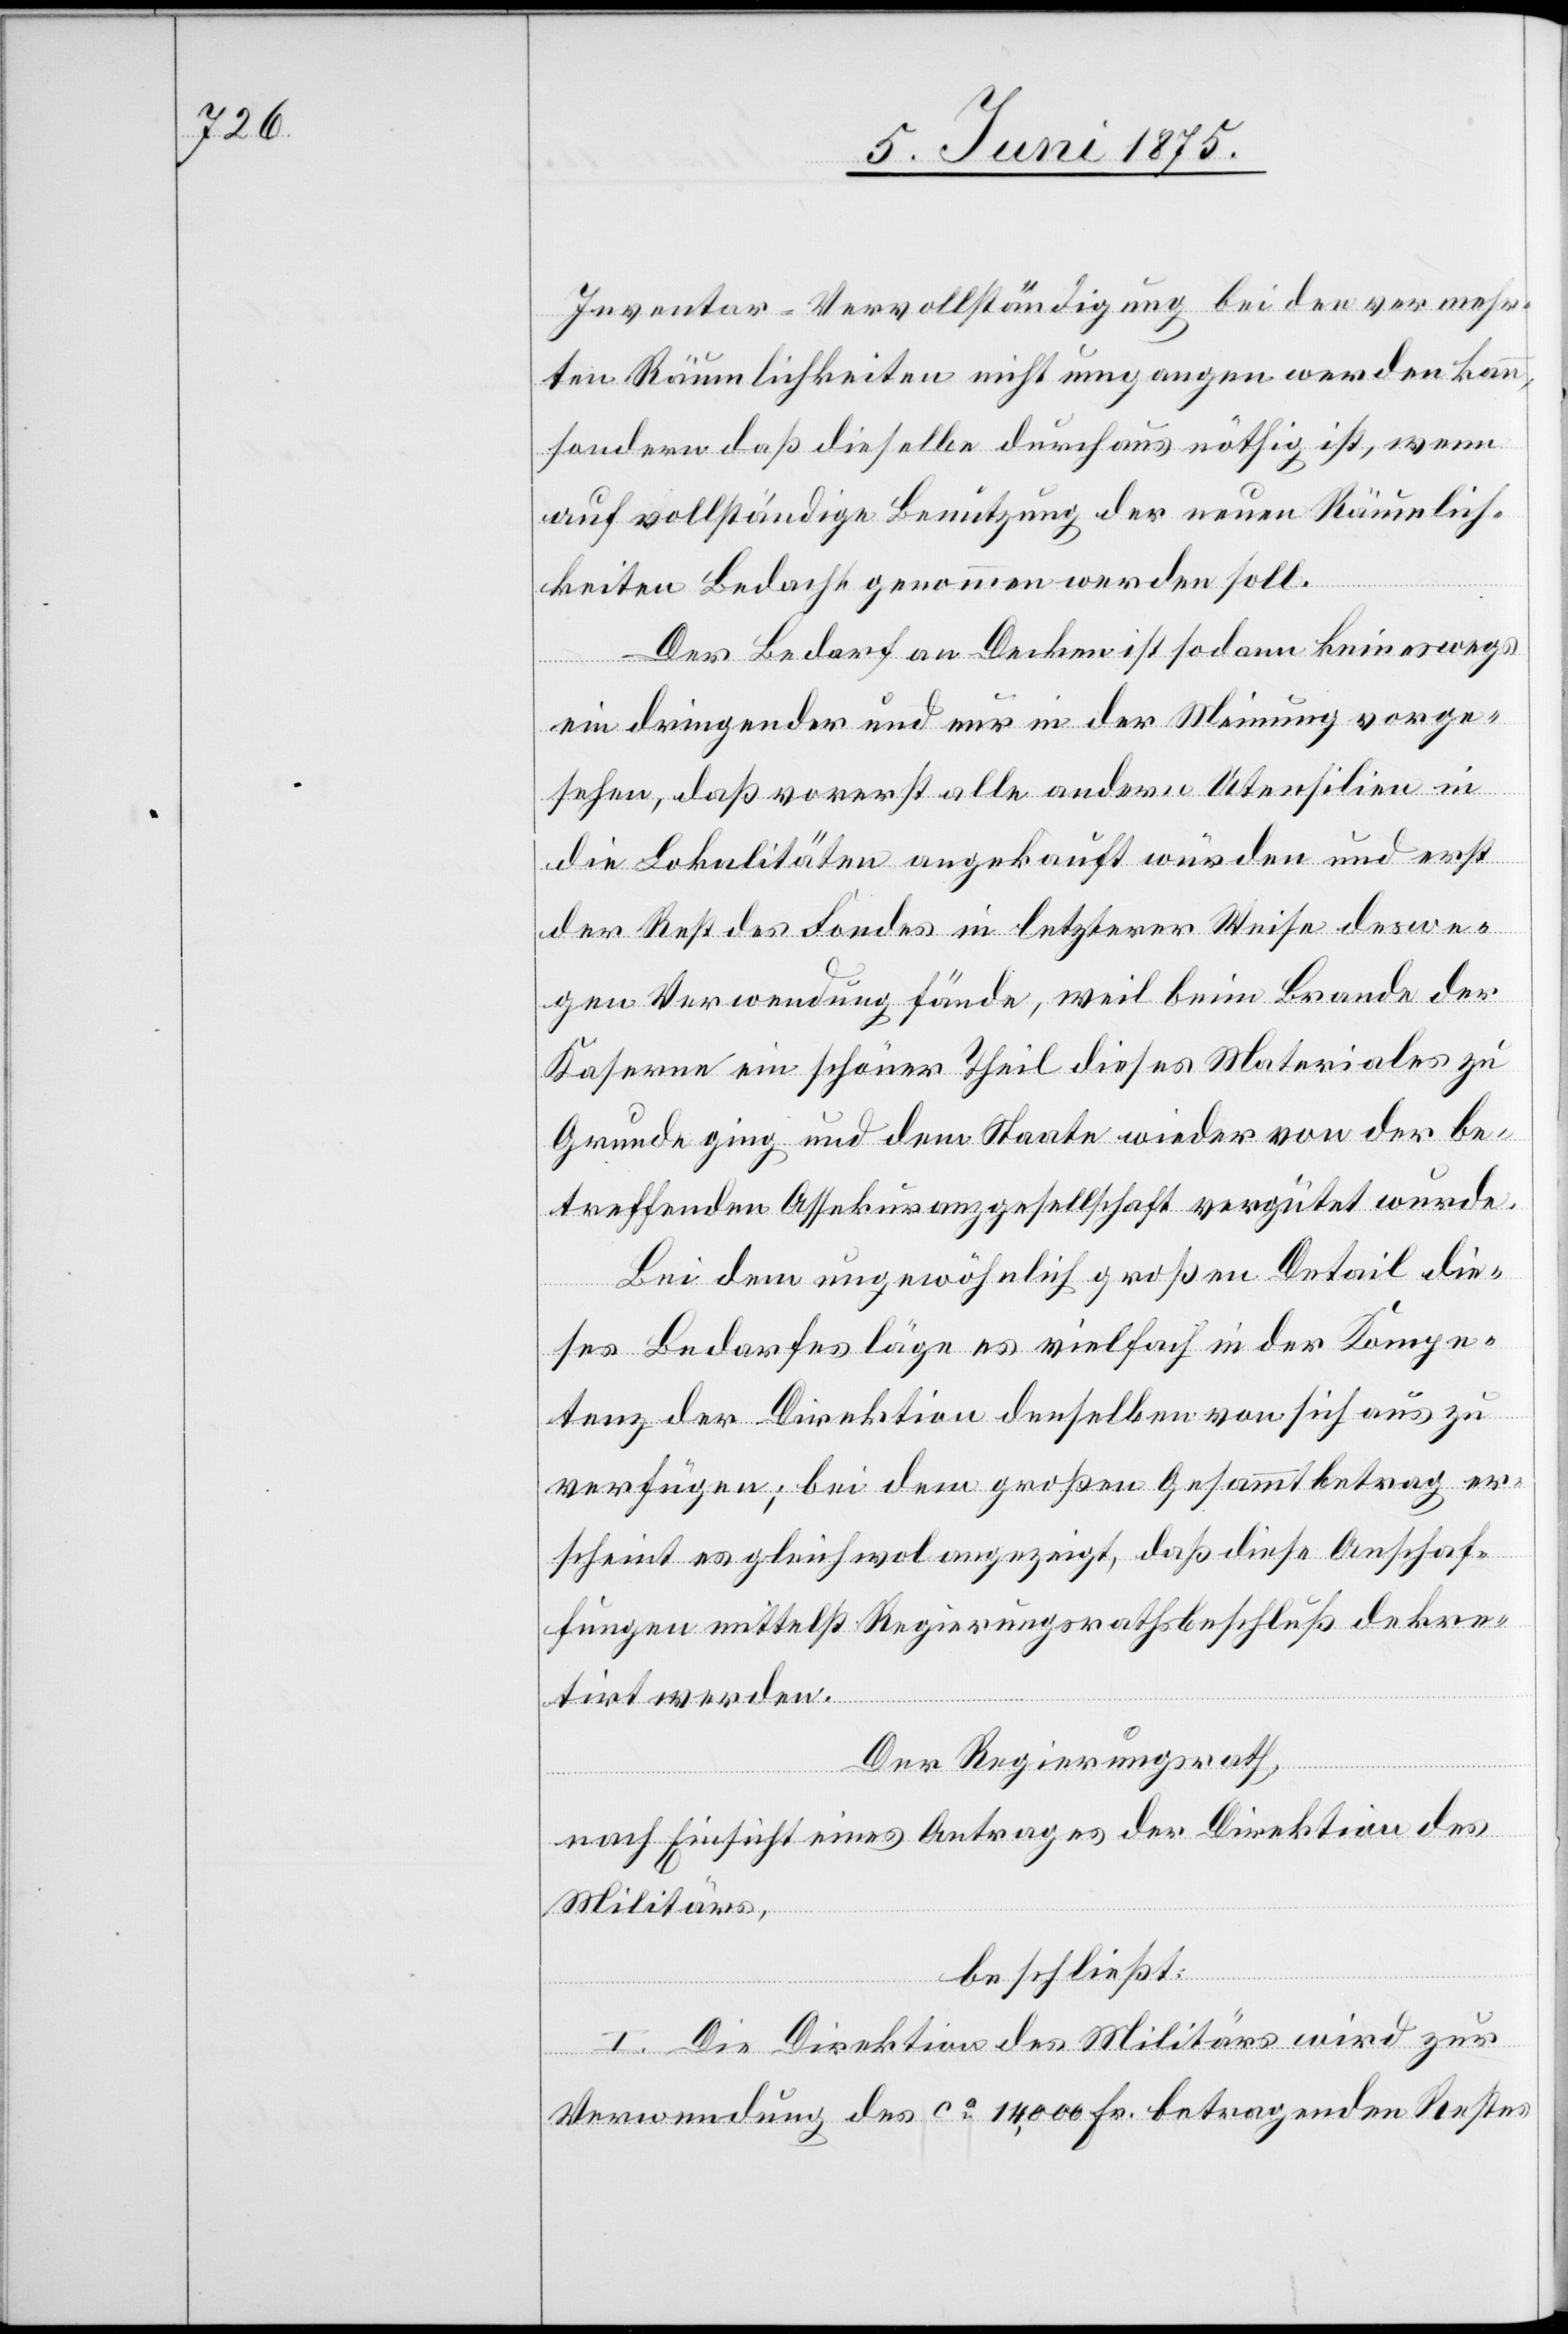
Inventar-Vervollständigung bei den vermehr¬
ten Räumlichkeiten nicht umgangen werden kann,
sondern daß dieselbe durchaus nöthig ist, wenn
auf vollständige Benutzung der neuen Räumlich¬
keiten Bedacht genommen werden soll.
Der Bedarf an Decken ist sodann keineswegs
ein dringender und nur in der Meinung vorge¬
sehen, daß vorerst alle andern Utensilien in
die Lokalitäten angekauft wurden und erst
der Rest des Landes in letzterer Weise deswe¬
gen Verwendung fände, weil beim Brande der
Kaserne ein schöner Theil dieses Materials zu
Grunde ging und dem Staate wieder von der be¬
treffenden Assekuranzgesellschaft vergütet wurde.
Bei dem ungewöhnlich großen Detail die¬
ses Bedarfes läge es vielfach in der Kompe¬
tenz der Direktion derselben von sich aus zu
verfügen; bei dem großen Gesammtbetrag er¬
scheint es gleichwol angezeigt, daß diese Anschaf¬
fungen mittelst Regierungsbeschluß dekre¬
tirt werden.
Der Regierungsrath,
nach Einsicht eines Antrages der Direktion des
Militärs,
beschließt:
I. Die Direktion des Militärs wird zur
Verwendung des ca 14,000 Fr. betragenden Restes